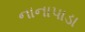
નાનાપાડા